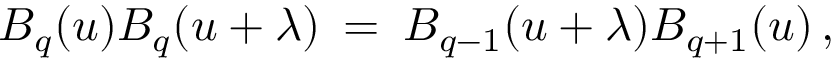
B _ { q } ( u ) B _ { q } ( u + \lambda ) \: = \: B _ { q - 1 } ( u + \lambda ) B _ { q + 1 } ( u ) \, ,